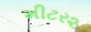
મીટર૨